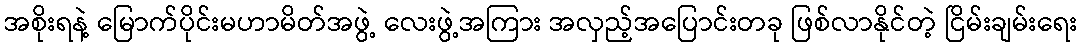
အစိုးရနဲ့ မြောက်ပိုင်းမဟာမိတ်အဖွဲ့ လေးဖွဲ့အကြား အလှည့်အပြောင်းတခု ဖြစ်လာနိုင်တဲ့ ငြိမ်းချမ်းရေး